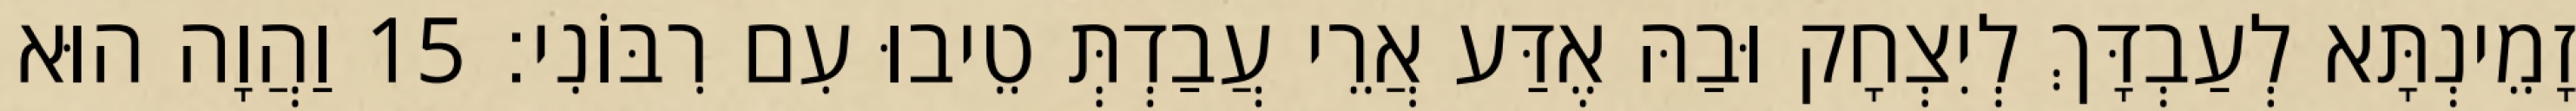
זָמֵינְתָּא לְעַבְדָּךְ לְיִצְחָק וּבַהּ אֶדַּע אֲרֵי עֲבַדְתְּ טֵיבוּ עִם רִבּוֹנִי׃ 15 וַהֲוָה הוּא